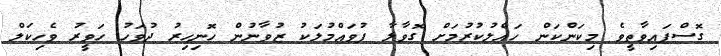
ގޮސްފައިވާތީވެ މިކަންކަން ހައްލުކުރުމަށް ގޮވާލާ ފުވައްމުލަކު ޒުވާނުން ހޮނިހިރު ދުވަހު ހަވީރު ވެހިކަލް